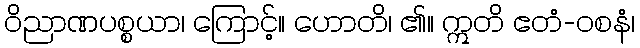
ဝိညာဏပစ္စယာ၊ ကြောင့်။ ဟောတိ၊ ၏။ ဣတိ ဧတံ-ဝစနံ၊